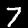
Label: 7